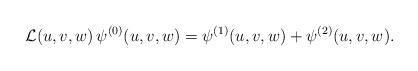
LaTeX: \begin{align*}{\cal L}(u,v,w)\,\psi^{(0)}(u,v,w) =\psi^{(1)}(u,v,w)+\psi^{(2)}(u,v,w). \end{align*}